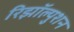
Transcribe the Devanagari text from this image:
रिझॉल्युशन